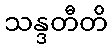
သန္ဒတီတိ